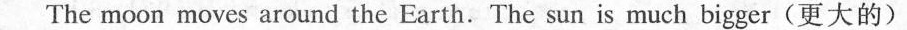
The moon moves around the Earth. The sun is much bigger(更大的)